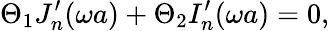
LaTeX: \Theta_{1}J_{n}^{\prime}(\omega a)+\Theta_{2}I_{n}^{\prime}(\omega a)=0,